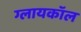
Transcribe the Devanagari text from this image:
ग्लायकॉल